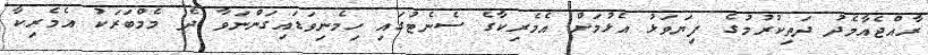
ރާއްޖެއާމެދު ދަތިކުރުމުގެ ފިޔަވަޅު އެޅުމަށް އެމެރިކާގެ ސެނެޓުގައި ހިމެނިވަޑައިގަންނަވާ ދެ މެމްބަރަކު އެމެރިކާ